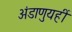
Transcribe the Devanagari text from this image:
अंडाणुयहीं